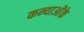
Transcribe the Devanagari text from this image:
कन्याओंके